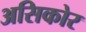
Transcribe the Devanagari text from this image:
असिकोर